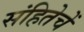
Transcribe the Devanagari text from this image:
संहितेचें